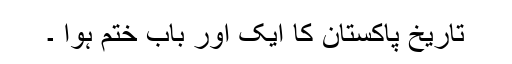
تاریخ پاکستان کا ایک اور باب ختم ہوا ۔